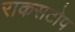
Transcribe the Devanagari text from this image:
राकसटोप